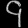
Digit: ၄